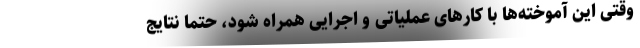
وقتی این آموخته‌ها با کارهای عملیاتی و اجرایی همراه شود، حتماً نتایج